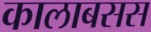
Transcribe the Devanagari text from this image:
कालाबसस